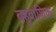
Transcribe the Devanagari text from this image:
बहुवांशिक